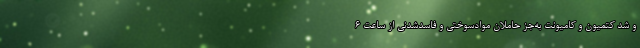
و شد کتمیون و کامیونت به‌جز حاملان موادسوختی و فاسدشدنی از ساعت ۶